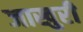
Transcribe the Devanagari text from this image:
जाखुरी